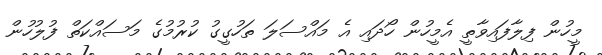
މީހުން ފިލާފައިވާތީ އެމީހުން ހޯދައި އެ މައްސަލަ ތަހުގީގު ކުރުމުގެ މަސައްކަތް ފުލުހުން